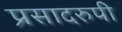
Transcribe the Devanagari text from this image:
प्रसादरुपी